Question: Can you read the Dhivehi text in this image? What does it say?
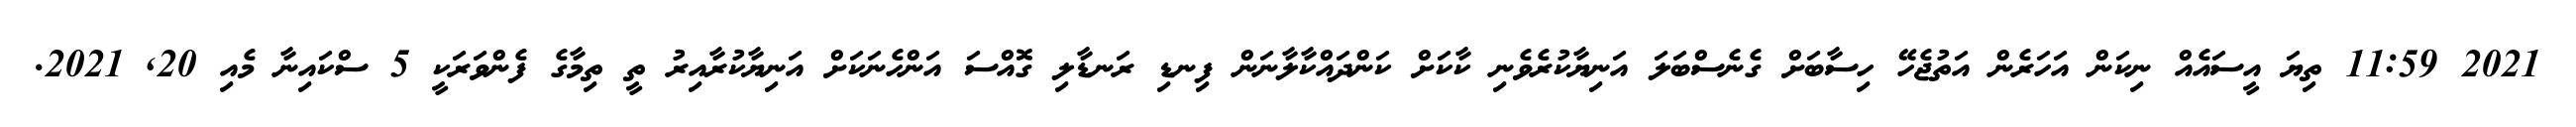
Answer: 2021 11:59 ތިޔަ އީސައެއް ނިކަން އަހަރެން އަތުޖެހޭ ހިސާބަށް ގެނެސްބަލަ އަނިޔާކުރެވެނި ކާކަށް ކަންދައްކާލާނަން ފިނޑި ރަނޑާލި ގޮއްސަ އަންހެނަކަށް އަނިޔާކުރާއިރު ތީ ތިމާގެ ފެންވަރަކީ 5 ސްކައިނާ މެއި 20, 2021.